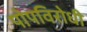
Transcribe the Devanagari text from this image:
पोपविरोधी